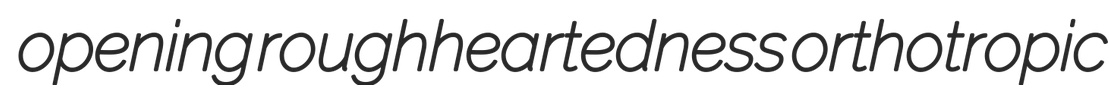
opening roughheartedness orthotropic